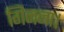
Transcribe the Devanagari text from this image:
गिनना।